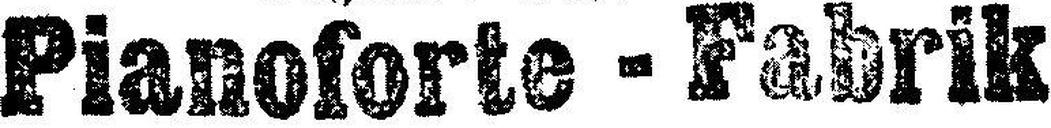
Pianoforte - Fabrik